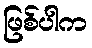
ဖြစ်ပါက